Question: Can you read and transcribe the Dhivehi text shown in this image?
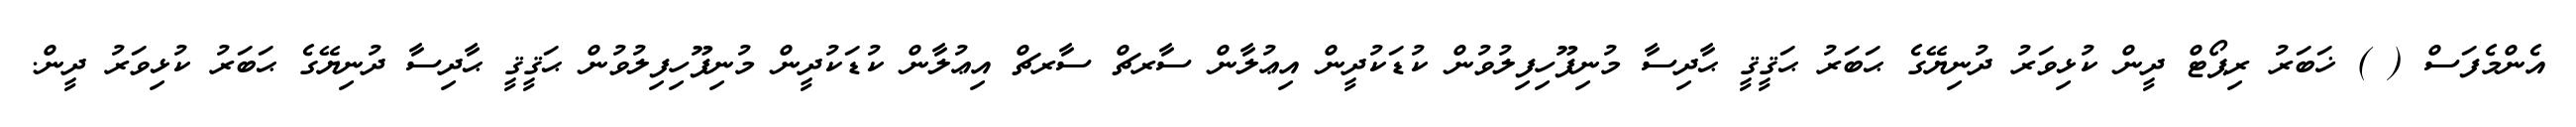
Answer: އެންމެފަސް ( ) ޚަބަރު ރިޕޯޓް ދީން ކުޅިވަރު ދުނިޔޭގެ ޙަބަރު ޙަޤީޤީ ޙާދިސާ މުނިފޫހިފިލުވުން ކުޑަކުދީން އިޢުލާން ސާރޗް ސާރޗް އިޢުލާން ކުޑަކުދީން މުނިފޫހިފިލުވުން ޙަޤީޤީ ޙާދިސާ ދުނިޔޭގެ ޙަބަރު ކުޅިވަރު ދީން.